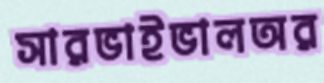
সারভাইভালঅর